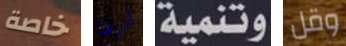
خاصة أنزلها وتنمية وقل